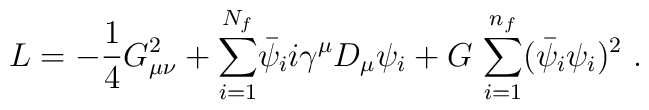
L=-{\frac{1}{4}} G^2_{\mu \nu} + {\sum\limits^{N_f}_{i=1}}\bar{\psi}_{i} i \gamma^{\mu}D_{\mu}\psi_i + G ~{\sum\limits^{n_f}_{i=1}} (\bar{\psi}_i \psi_i)^2~.